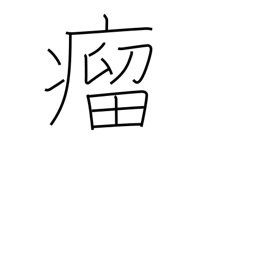
Meaning: lump